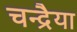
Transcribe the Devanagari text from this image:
चन्द्रैया